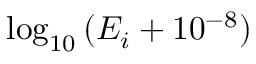
\log _ { 1 0 } { ( E _ { i } + 1 0 ^ { - 8 } ) }